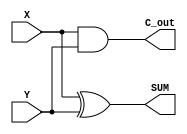
module HalfAdd (X, Y, SUM, C_out);//
input X;
input Y;
output SUM;
output C_out;
//assign SUM = X ^ Y ;
//assign C_out = X & Y ;
xor u_xor (SUM, X, Y); //
and u_and (C_out, X, Y); //
endmodule

module FullAdd (X, Y, C_in, SUM, C_out);//
input X;
input Y;
input C_in;
output SUM;
output C_out;

wire HalfAdd_A_SUM;
wire HalfAdd_A_COUT;
wire HalfAdd_B_COUT;

//assign C_out = HalfAdd_A_COUT | HalfAdd_B_COUT ;
or u_or (C_out, HalfAdd_A_COUT, HalfAdd_B_COUT);// 
HalfAdd u_HalfAdd_A (  //A
    .X     (X),
    .Y     (Y),
    .SUM   (HalfAdd_A_SUM),
    .C_out (HalfAdd_A_COUT) );

HalfAdd u_HalfAdd_B (  //B
    .X     (C_in),
    .Y     (HalfAdd_A_SUM),
    .SUM   (SUM),
    .C_out (HalfAdd_B_COUT) );
endmodule